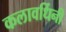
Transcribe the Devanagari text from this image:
कलावर्धिनी